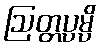
ဩတ္တပ္ပမ္ပိ